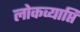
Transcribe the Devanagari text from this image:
लोकव्याप्ति